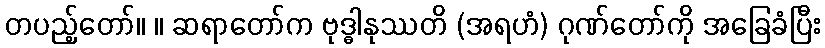
တပည့်တော်။ ။ ဆရာတော်က ဗုဒ္ဓါနုဿတိ (အရဟံ) ဂုဏ်တော်ကို အခြေခံပြီး